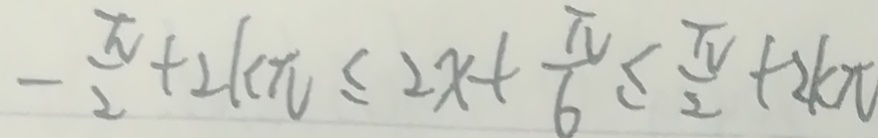
- \frac { \pi } { 2 } + 2 k \pi \leq 2 x + \frac { \pi } { 6 } \leq \frac { \pi } { 2 } + 2 k x